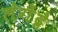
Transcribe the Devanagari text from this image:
लेगेंद्रे